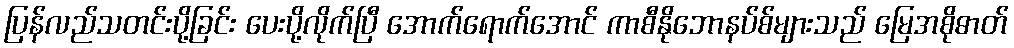
ပြန်လည်သတင်းပို့ခြင်း ပေးပို့လိုက်ပြီ အောက်ရောက်အောင် ကာစီနိုဘောနပ်စ်များသည် မြေအစိုဓာတ်